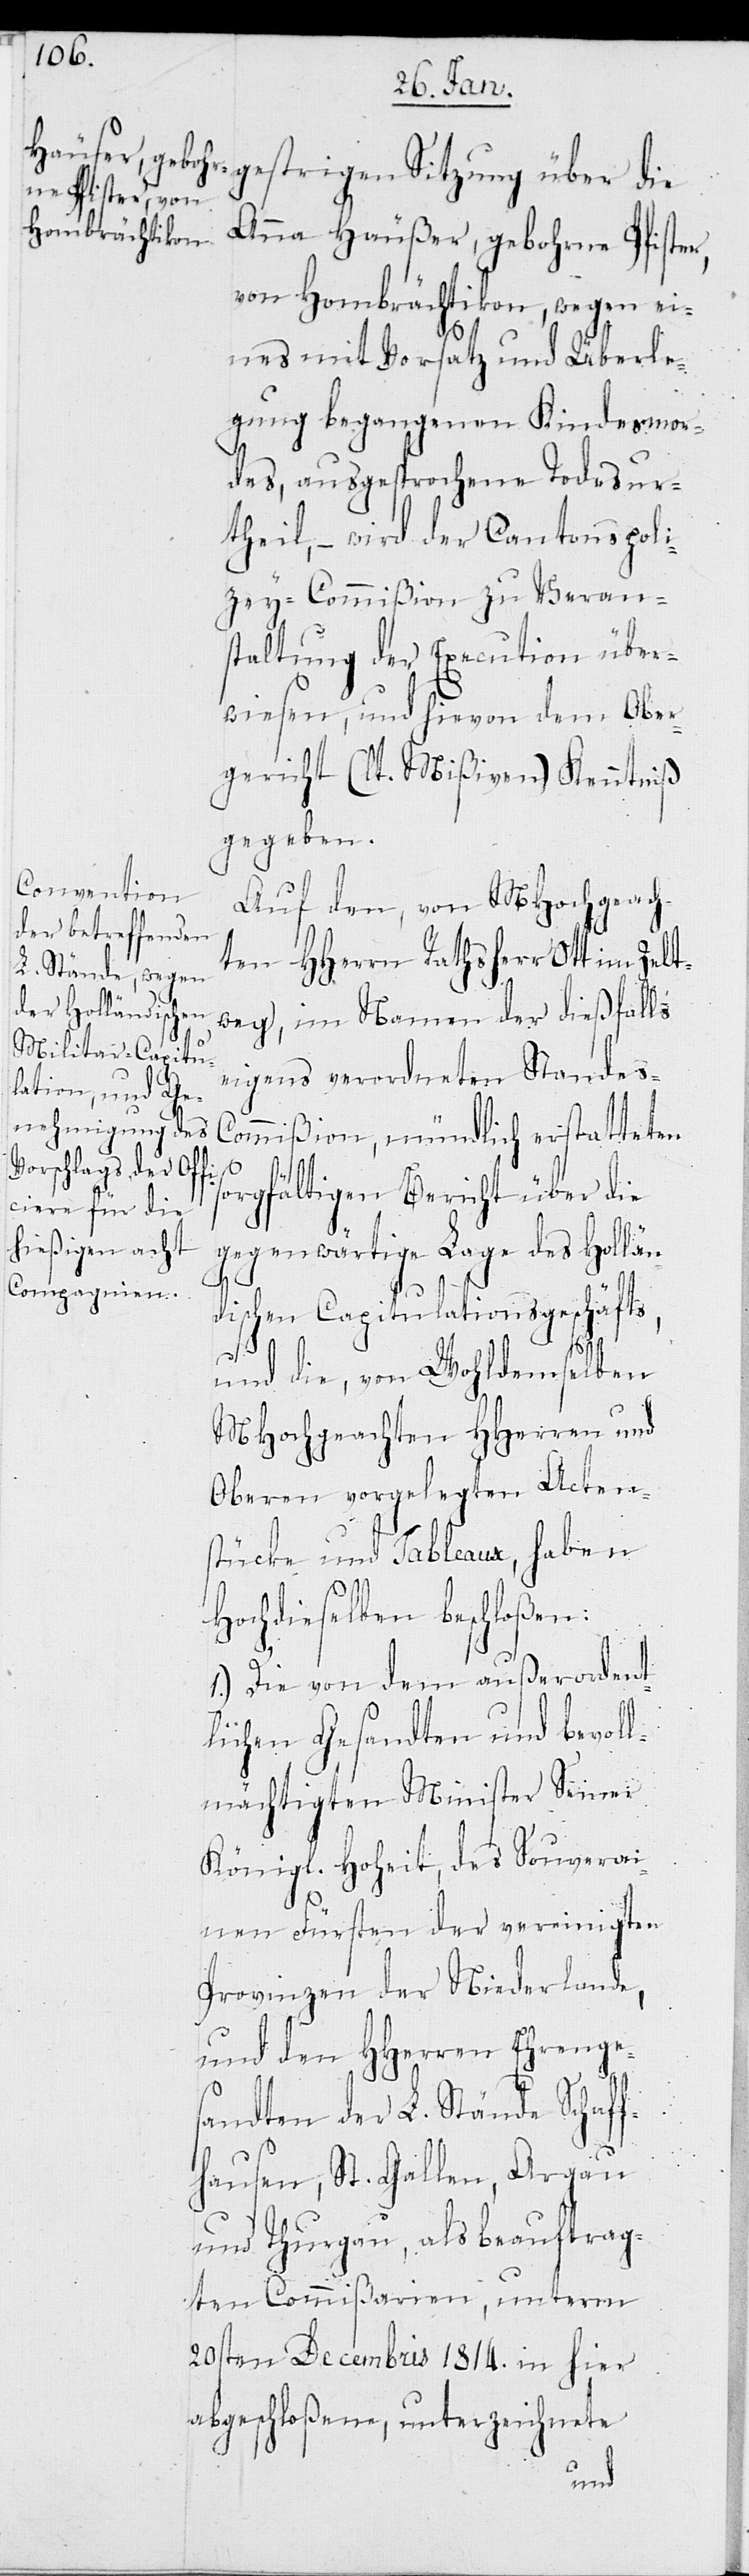
gestrigen Sitzung über die
von Hombrächtikon, wegen ei¬
nes mit Vorsatz und Überle¬
gung begangenen Kindesmor¬
des, ausgesprochene Todesur¬
theil, – wird der Cantonspoli¬
zey-Commißion zu Veran¬
staltung der Execution über¬
wiesen, und hievon dem Ober¬
gericht (lt. Mißiven) Kenntniß
gegeben.
Auf den, von MHochgeach¬
ten HHerrn Rathsherr Ott im Zelt¬
weg, im Namen der dießfalls
eigens verordneten Standes-C¬
ommißion, mündlich erstatteten
sorgfältigen Bericht über die
gegenwärtige Lage des Hollän¬
dischen Capitulationsgeschäfts,
und die, von Wohldemselben
MHochgeachten HHerren und
Oberen vorgelegten Acten¬
stücke und Tableaux, haben
Hochdieselben beschloßen:
1.) Die von dem außerordent¬
lichen Gesandten und bevoll¬
mächtigten Minister Seiner
Königl. Hoheit, des Souverai¬
nen Fürsten der vereinigten
Provinzen der Niederlande,
und den HHerren Ehrenge¬
sandten der L. Stände Schaf¬
fhausen, St. Gallen, Argau
und Thurgau, als beauftrag¬
ten Commißarien, unterm
20sten Decembris 1814. in hier
abgeschloßene, unterzeichnete